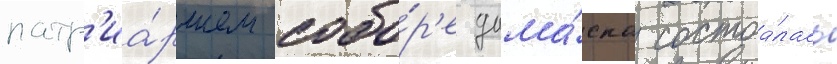
патр'иа́ршем собо́р'е дама́ска состоа́лась